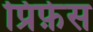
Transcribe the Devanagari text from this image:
प्रिफ़ेस